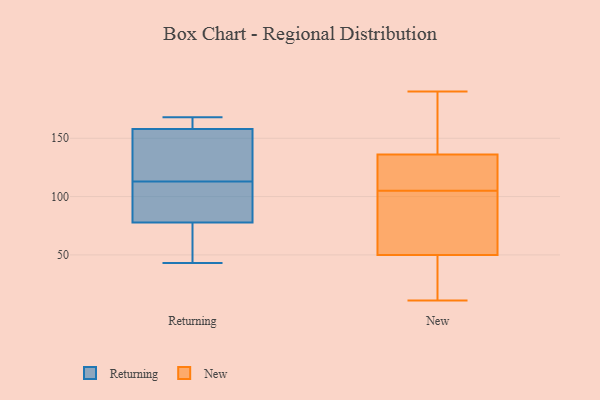
{"axis": {"x": "Active Users", "y": "Value"}, "legend": ["New", "Returning"], "data": [{"x": "", "y": 164, "type": "Returning"}, {"x": "", "y": 156, "type": "Returning"}, {"x": "", "y": 139, "type": "Returning"}, {"x": "", "y": 157, "type": "Returning"}, {"x": "", "y": 66, "type": "Returning"}, {"x": "", "y": 161, "type": "Returning"}, {"x": "", "y": 88, "type": "Returning"}, {"x": "", "y": 43, "type": "Returning"}, {"x": "", "y": 168, "type": "Returning"}, {"x": "", "y": 79, "type": "Returning"}, {"x": "", "y": 87, "type": "Returning"}, {"x": "", "y": 162, "type": "Returning"}, {"x": "", "y": 134, "type": "Returning"}, {"x": "", "y": 74, "type": "Returning"}, {"x": "", "y": 105, "type": "Returning"}, {"x": "", "y": 72, "type": "Returning"}, {"x": "", "y": 113, "type": "Returning"}, {"x": "", "y": 97, "type": "New"}, {"x": "", "y": 11, "type": "New"}, {"x": "", "y": 139, "type": "New"}, {"x": "", "y": 101, "type": "New"}, {"x": "", "y": 50, "type": "New"}, {"x": "", "y": 136, "type": "New"}, {"x": "", "y": 131, "type": "New"}, {"x": "", "y": 190, "type": "New"}, {"x": "", "y": 41, "type": "New"}, {"x": "", "y": 109, "type": "New"}]}